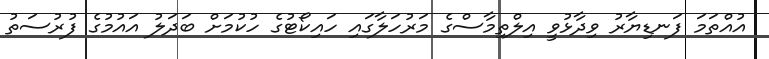
އުއްތަމަ ފަނޑިޔާރު ވިދާޅުވީ އިލްތިމާސްގެ މަރުހަލާގައި ހައިކޯޓުގެ ހުކުމަށް ބަދަލު އައުމުގެ ފުރުސަތު